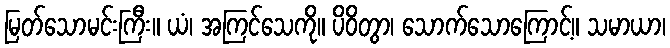
မြတ်သောမင်းကြီး။ ယံ၊ အကြင်သေကို။ ပိဝိတွာ၊ သောက်သောကြောင့်။ သမာယာ၊